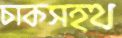
চাকসহথ